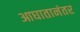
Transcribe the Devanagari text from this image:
आघातानंतर